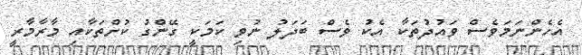
އެހެންނަމަވެސް ވައުދުތަކާ އެކު ވެސް ބަދަލު ނުވި ކަމަކީ ގޭންގު ކުށްތަކާއި މާރާމާރީ